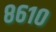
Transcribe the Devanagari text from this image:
८६१०